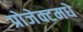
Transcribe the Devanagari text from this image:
प्रोजेक्टमधे